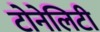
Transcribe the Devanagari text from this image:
टोनेलिटी